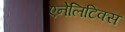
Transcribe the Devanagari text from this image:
एनेलिटिक्स